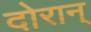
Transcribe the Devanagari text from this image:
दोरान्